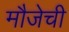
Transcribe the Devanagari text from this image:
मौजेची